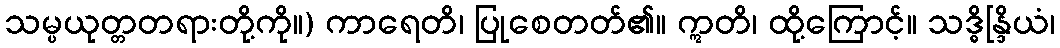
သမ္ပယုတ္တတရားတို့ကို။) ကာရေတိ၊ ပြုစေတတ်၏။ ဣတိ၊ ထို့ကြောင့်။ သဒ္ဓိန္ဒြိယံ၊